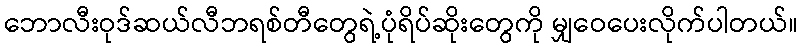
ဘောလီးဝုဒ်ဆယ်လီဘရစ်တီတွေရဲ့ပုံရိပ်ဆိုးတွေကို မျှဝေပေးလိုက်ပါတယ်။